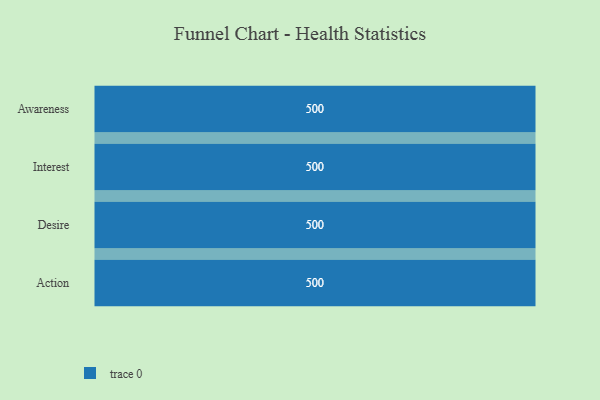
{"axis": {"x": "Stage", "y": "Value"}, "legend": [""], "data": [{"x": "Awareness", "y": 500, "type": ""}, {"x": "Interest", "y": 500, "type": ""}, {"x": "Desire", "y": 500, "type": ""}, {"x": "Action", "y": 500, "type": ""}]}